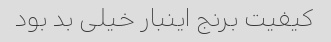
کیفیت برنج اینبار خیلی بد بود